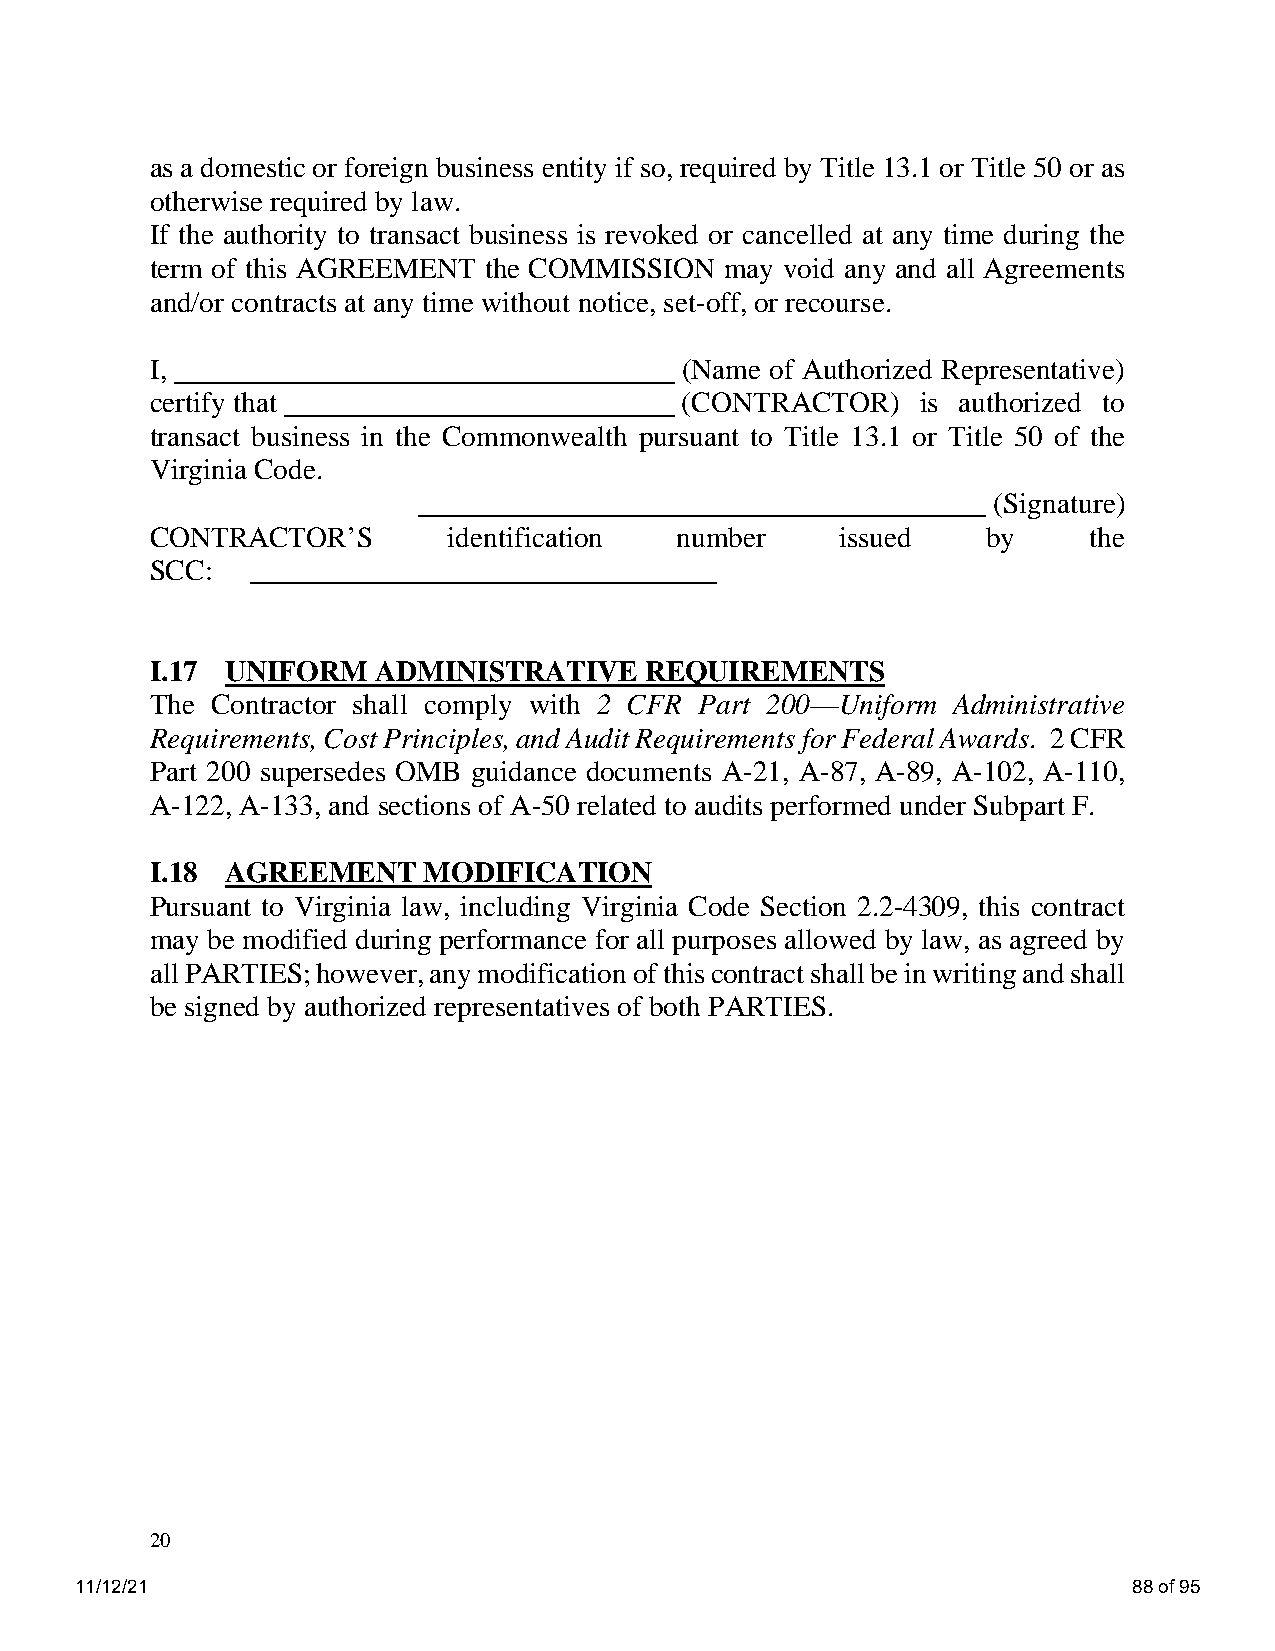
as a domestic or foreign business entity if so, required by Title 13.1 or Title 50 or as
 otherwise required by law.
 If the authority to transact business is revoked or cancelled at any time during the
 term of this AGREEMENT the COMMISSION may void any and all Agreements
 and/or contracts at any time without notice, set-off, or recourse.
 I,                                 (Name of Authorized Representative)
 certify that                       (CONTRACTOR)    is authorized to
 transact business in the Commonwealth pursuant to Title 13.1 or Title 50 of the
 Virginia Code.
 _______________________________________ (Signature)
 CONTRACTOR’S        identification number     issued   by     the
 SCC:   ________________________________
 I.17 UNIFORM   ADMINISTRATIVE    REQUIREMENTS
 The Contractor shall comply with 2 CFR Part 200—Uniform Administrative
 Requirements, Cost Principles, and Audit Requirements for Federal Awards. 2 CFR
 Part 200 supersedes OMB guidance documents A-21, A-87, A-89, A-102, A-110,
 A-122, A-133, and sections of A-50 related to audits performed under Subpart F.
 I.18 AGREEMENT    MODIFICATION
 Pursuant to Virginia law, including Virginia Code Section 2.2-4309, this contract
 may be modified during performance for all purposes allowed by law, as agreed by
 all PARTIES; however, any modification of this contract shall be in writing and shall
 be signed by authorized representatives of both PARTIES.
 20
 11/12/21                                                              88 of 95